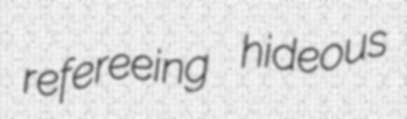
refereeing hideous